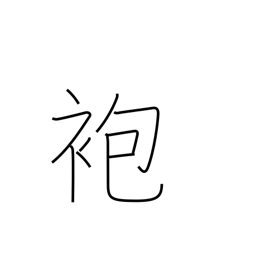
Meaning: coat